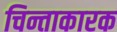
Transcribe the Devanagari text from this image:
चिन्ताकारक